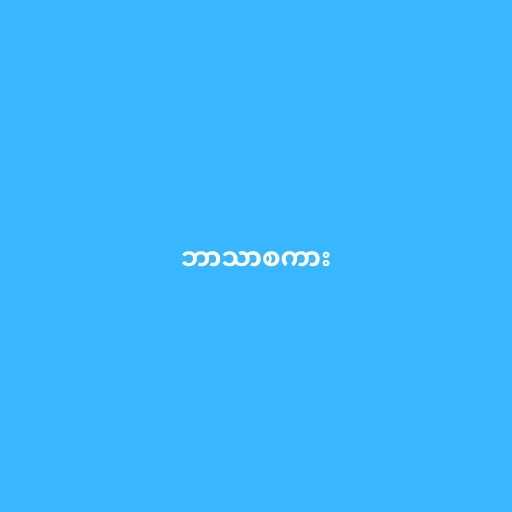
ဘာသာစကား